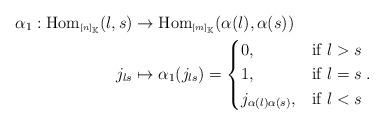
LaTeX: \begin{align*}\begin{aligned}\alpha_1:\mbox{Hom}_{\tiny\mbox{[$n$]}_{\mathbb{K}}}(l,s)&\to\mbox{Hom}_{\tiny\mbox{[$m$]}_{\mathbb{K}}}(\alpha(l),\alpha(s))\\j_{ls}&\mapsto \alpha_1(j_{ls})=\begin{cases} 0, & \mbox{if $l>s$} \\ 1, & \mbox{if $l=s$} \\ j_{\alpha(l)\alpha(s)}, & \mbox{if $l<s$}\end{cases}.\end{aligned}\end{align*}